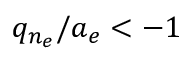
q _ { n _ { e } } / a _ { e } < - 1